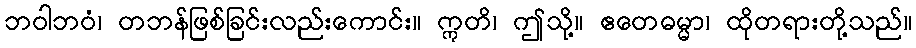
ဘဝါဘဝံ၊ တဘန်ဖြစ်ခြင်းလည်းကောင်း။ ဣတိ၊ ဤသို့။ ဧတေဓမ္မာ၊ ထိုတရားတို့သည်။